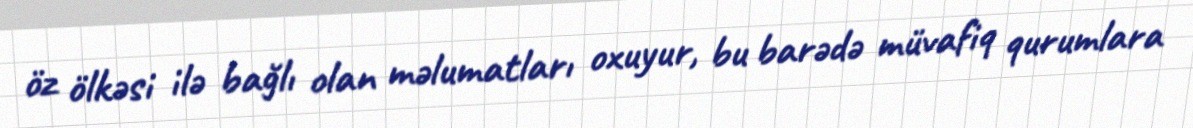
öz ölkəsi ilə bağlı olan məlumatları oxuyur, bu barədə müvafiq qurumlara